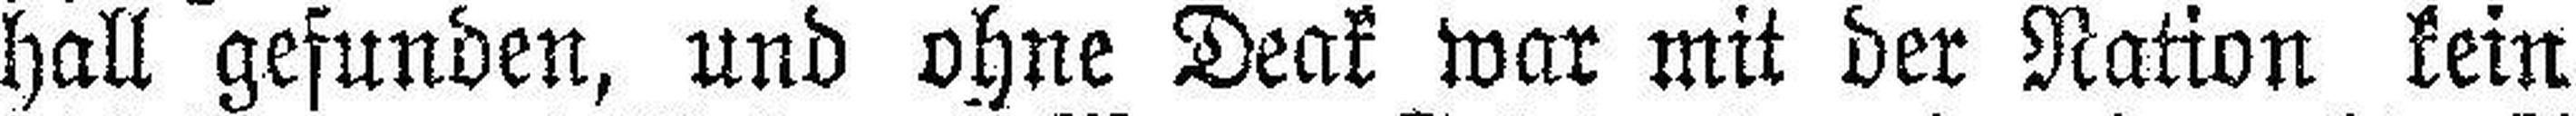
hall gefunden, und ohne Deak war mit der Nation kein